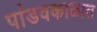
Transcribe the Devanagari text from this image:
पांडवकाळात